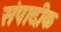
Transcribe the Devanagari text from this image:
संपादीक